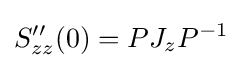
S''_{zz}(0)=PJ_{z}P^{-1}